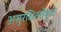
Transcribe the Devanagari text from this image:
असुरक्षिततेमुळे